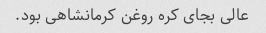
عالی بجای کره روغن کرمانشاهی بود.